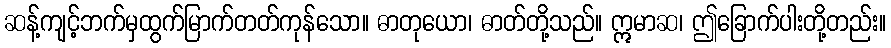
ဆန့်ကျင့်ဘက်မှထွက်မြာက်တတ်ကုန်သော။ ဓာတုယော၊ ဓာတ်တို့သည်။ ဣမာဆ၊ ဤခြောက်ပါးတို့တည်း။